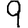
Digit: 9